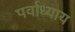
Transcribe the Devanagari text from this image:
पर्वाध्याय